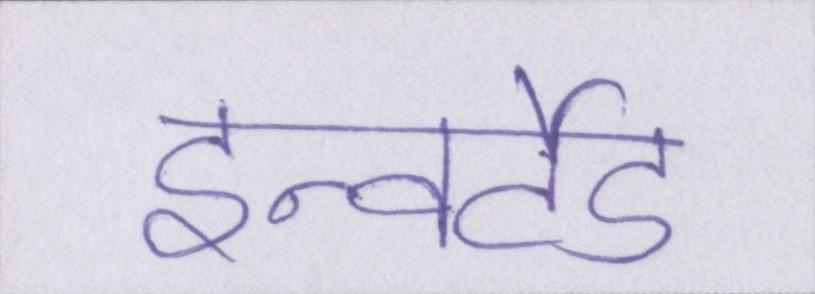
इन्वर्टेड